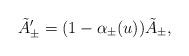
LaTeX: \begin{align*}\tilde{A}'_\pm = (1 - \alpha_\pm (u)) \tilde{A}_\pm,\end{align*}